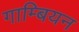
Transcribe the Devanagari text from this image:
गाम्बियन